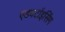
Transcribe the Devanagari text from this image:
एडवर्टाइसिंग